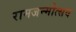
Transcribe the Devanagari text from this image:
रामजन्मोत्सव